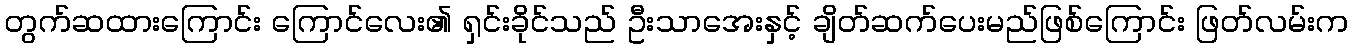
တွက်ဆထားကြောင်း ကြောင်လေး၏ ရှင်းခိုင်သည် ဦးသာအေးနှင့် ချိတ်ဆက်ပေးမည်ဖြစ်ကြောင်း ဖြတ်လမ်းက